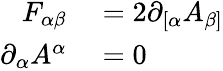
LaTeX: \begin{array}{rl}{F_{\alpha\beta}}&{{}=2\partial_{[\alpha}A_{\beta]}}\\ {\partial_{\alpha}A^{\alpha}}&{{}=0}\end{array}